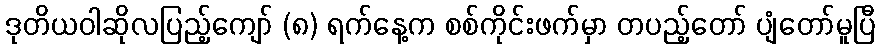
ဒုတိယဝါဆိုလပြည့်ကျော် (၈) ရက်နေ့က စစ်ကိုင်းဖက်မှာ တပည့်တော် ပျံတော်မူပြီ